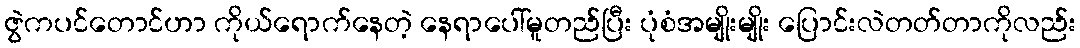
ဇွဲကပင်တောင်ဟာ ကိုယ်ရောက်နေတဲ့ နေရာပေါ်မူတည်ပြီး ပုံစံအမျိုးမျိုး ပြောင်းလဲတတ်တာကိုလည်း